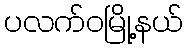
ပလက်ဝမြို့နယ်